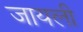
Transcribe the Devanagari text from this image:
जायली